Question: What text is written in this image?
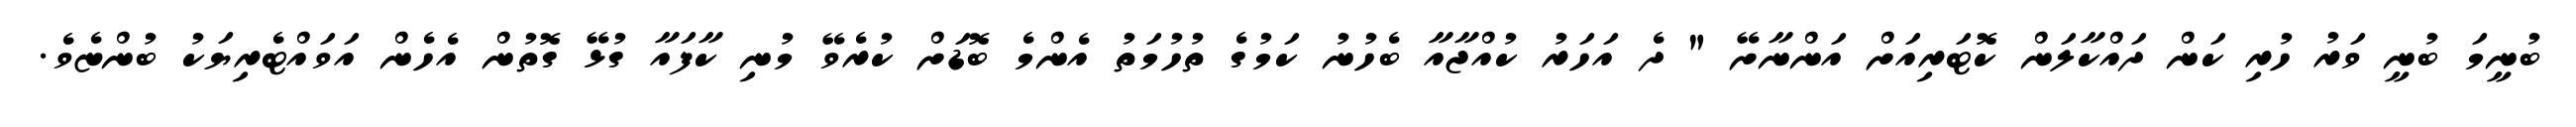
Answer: ބުނީމަ ބުނީ ވަރު ހުރި ކަން ދައްކާލަން ކޮޓަރިއަށް އަންނާށޭ " ދެ އަހަރު ކުއްޖާއާ ބެހުނު ކަމުގެ ތުހުމަތު އެންމެ ބޮޑަށް ކުރެވޭ މުނި ކާފައާ ގުޅޭ ގޮތުން އެހެން އަވައްޓެރިޔަކު ބުންޏެވެ.